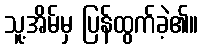
သူ့အိမ်မှ ပြန်ထွက်ခဲ့၏။